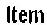
ITEM